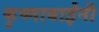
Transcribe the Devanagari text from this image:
कृष्णाबाईंनी